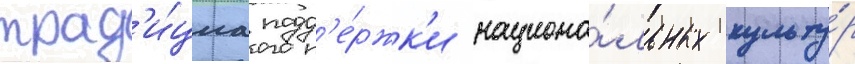
трад'и́циа подд'е́ржк'и национа́льных культу́р